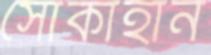
সোকাহান